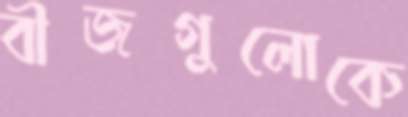
বীজগুলোকে